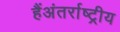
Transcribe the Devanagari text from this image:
हैंअंतर्राष्ट्रीय